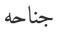
جناحه